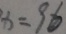
x = 9 6